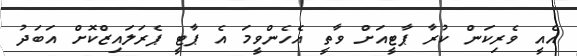
އެއީ ވެރިކަން ކުރާ ޕާޓީއަށް ވާތީ އެހެންވީމަ އެ ޕާޓީ ޕެރަލައިޒްކޮށް އަބަދު